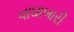
વાઘાબારી